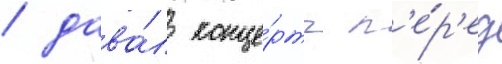
/ дава́л конце́рты п'е́р'ед